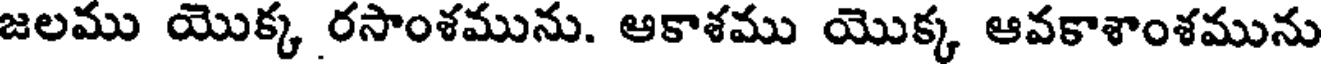
జలము యొక్క రసాంశమును. ఆకాశము యొక్క ఆవకాశాంశమును